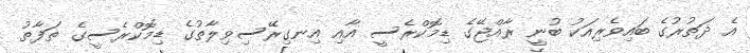
އެ ދަތުރުގެ ބައިވެރިއަކު ބުނީ ރާއްޖޭގެ ޑިމޮކްރެސީ އާއި އިނގިރޭސިވިލާތުގެ ޑިމޮކްރެސީގެ ތަފާތު